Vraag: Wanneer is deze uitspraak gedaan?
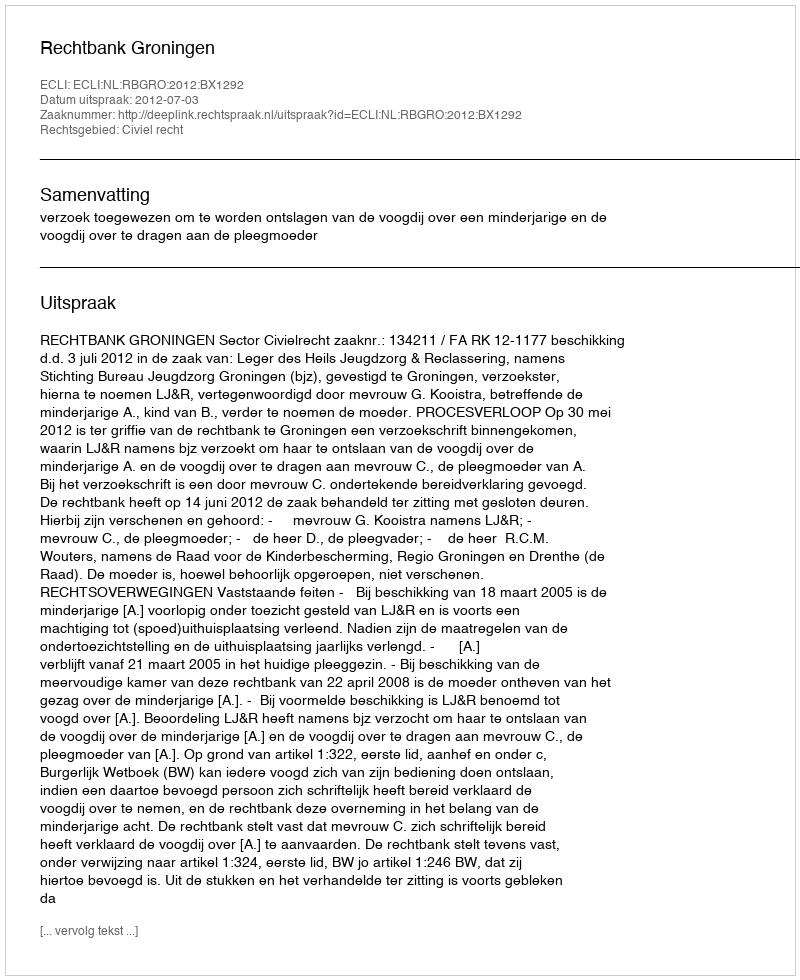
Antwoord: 2012-07-03